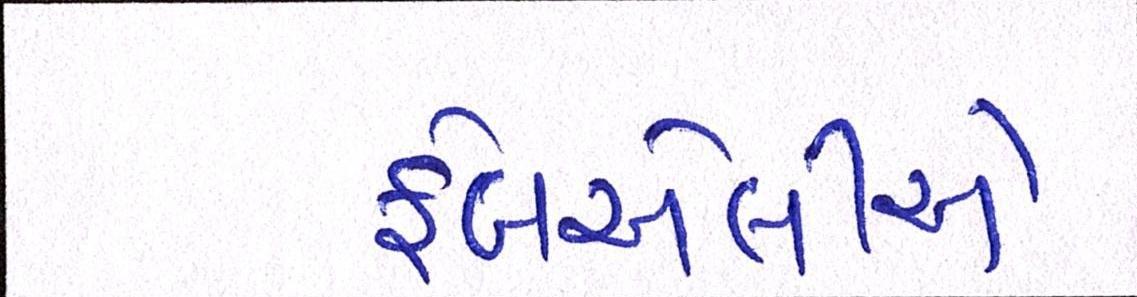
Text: ફેબએલીએ